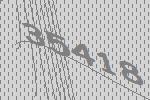
35418